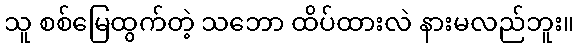
သူ စစ်မြေထွက်တဲ့ သဘော ထိပ်ထားလဲ နားမလည်ဘူး။